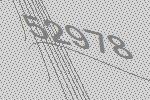
52978